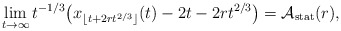
\begin{align*}\lim_{t \to \infty}t^{-1/3}\big(x_{\lfloor t + 2rt^{2/3}\rfloor}(t) -2t -2rt^{2/3}\big) = \mathcal{A}_{\rm stat}(r),\end{align*}